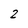
Character: 2